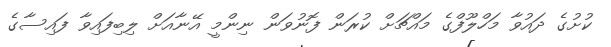
ކުށުގެ ދައުވާ މަހްލޫފްގެ މައްޗަށް ކުރަން ފޮނުވަން ނިންމީ އޭނާއަށް ލިބިފައިވާ ފައިސާގެ